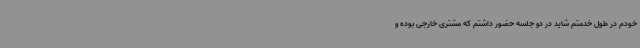
خودم در طول خدمتم شاید در دو جلسه حضور داشتم که مشتری خارجی بوده و